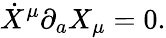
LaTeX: \dot{X}^{\mu}\partial_{a}X_{\mu}=0.